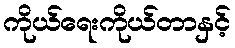
ကိုယ်ရေးကိုယ်တာနှင့်